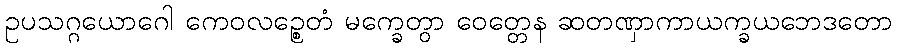
ဥပသဂ္ဂယောဂေါ ကေဝလဉ္စေတံ မက္ခေတွာ ဝေတ္တေန ဆတဏှာကာယက္ခယဘေဒတော